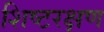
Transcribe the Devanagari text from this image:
शिष्टरक्षण